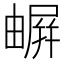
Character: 𡳧